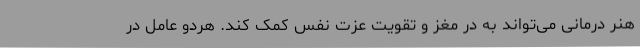
هنر درمانی می‌تواند به در مغز و تقویت عزت نفس کمک کند. هردو عامل در